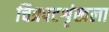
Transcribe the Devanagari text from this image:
चित्रपटशृंखला